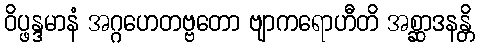
ဝိပ္ဖန္ဒမာနံ အဂ္ဂဟေတဗ္ဗတော ဗျာကရောဟီတိ အစ္ဆာဒနန္တိ